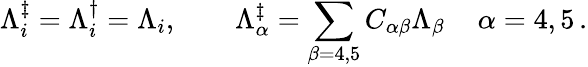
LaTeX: \Lambda_{i}^{\ddagger}=\Lambda_{i}^{\dagger}=\Lambda_{i},\quad\quad\Lambda_{\alpha}^{\ddagger}=\sum_{\beta=4,5}C_{\alpha\beta}\Lambda_{\beta}\, \quad\alpha=4,5\, .